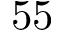
5 5